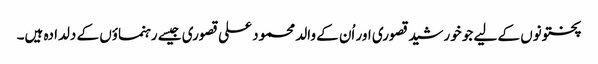
پختونوں کے لیے جو خورشید قصوری اور اُن کے والد محمود علی قصوری جیسے رہنماؤں کے دلدادہ ہیں۔